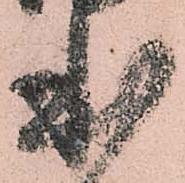
本